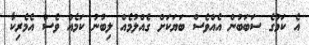
އެ ކަމުގެ ސަބަބުން އެއްވެސް ބަޔަކަށް ގެއްލުމެއް ލިބުނު ކަމެއް ވެސް އެމެރިކާ